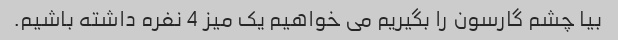
بیا چشم گارسون را بگیریم می خواهیم یک میز 4 نفره داشته باشیم.